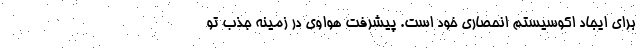
برای ایجاد اکوسیستم انحصاری خود است. پیشرفت هواوی در زمینه جذب تو